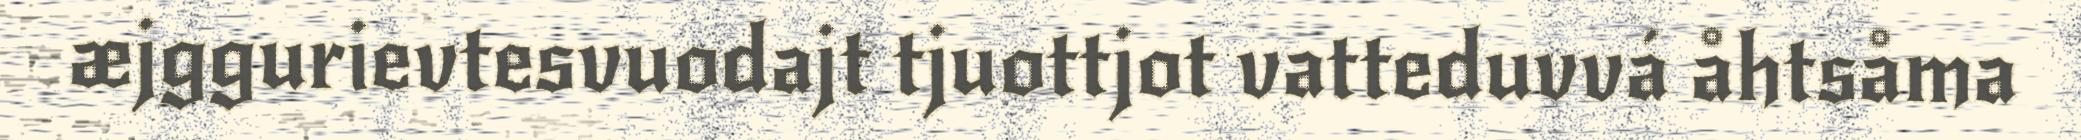
æjggurievtesvuodajt tjuottjot vatteduvvá åhtsåma